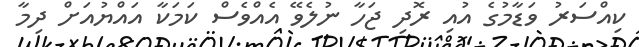
ކިއްސަރު ވަޑާމުގެ އުއި ރޮދި ޖަހާ ނުލެވޭ އެއްވެސް ކަމަކާ އައްޔުއަށް ދިމާ